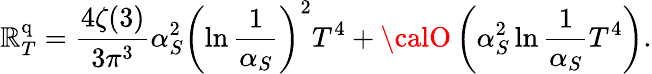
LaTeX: \mathbb{R}_{T}^{\mathrm{{q}}}={\frac{{4\zeta(3)}}{{3\pi^{3}}}}\alpha_{S}^{2}\left(\ln{\frac{{1}}{{\alpha_{S}}}}\right)^{2}T^{4}+{\calO}\left(\alpha_{S}^{2}\ln{\frac{{1}}{{\alpha_{S}}}}T^{4}\right).